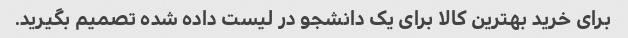
برای خرید بهترین کالا برای یک دانشجو در لیست داده شده تصمیم بگیرید.